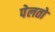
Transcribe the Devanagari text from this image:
पेलतो